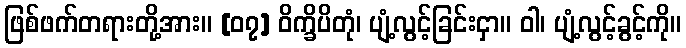
ဖြစ်ဖက်တရားတို့အား။ [၀၇] ဝိက္ခိပိတုံ၊ ပျံ့လွင့်ခြင်းငှာ။ ဝါ၊ ပျံ့လွင့်ခွင့်ကို။